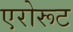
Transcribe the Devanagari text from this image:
एरोरूट